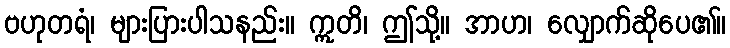
ဗဟုတရံ၊ များပြားပါသနည်း။ ဣတိ၊ ဤသို့။ အာဟ၊ လျှောက်ဆိုပေ၏။